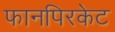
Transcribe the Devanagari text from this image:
फानपिरकेट